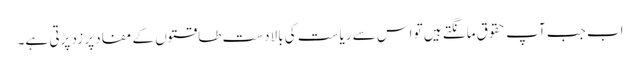
اب جب آپ حقوق مانگتے ہیں تو اس سے ریاست کی بالادست طاقتوں کے مفاد پر زد پڑتی ہے۔